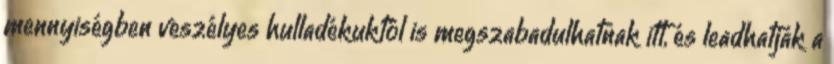
mennyiségben veszélyes hulladékuktól is megszabadulhatnak itt, és leadhatják a